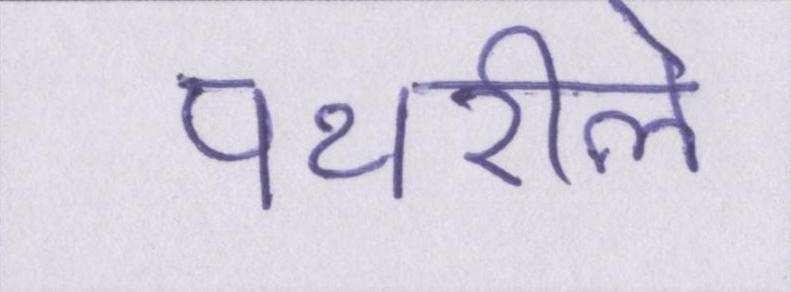
पथरीले